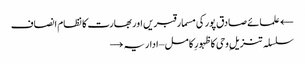
← علمائے صادق پور کی مسمار قبریں اور بھارت کا نظام انصاف
سلسلہ تنزیلِ وحی کا ظہورِ کامل – اداریہ →